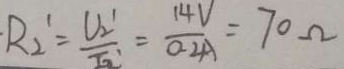
R _ { 2 } ^ { \prime } = \frac { U _ { 2 } ^ { 1 } } { I _ { 2 } ^ { \prime } } = \frac { 1 4 V } { 0 . 2 A } = 7 0 \Omega